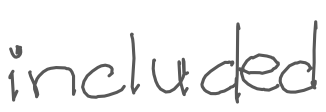
Text: included
Cross-out: clean
Writing tool: digital_gray